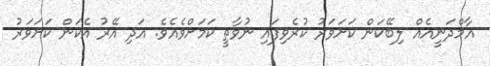
އާމްދަނީއެއް ލިބޭކަން ކަށަވަރު ކުރެވިފައި ނުވާތީ ކަމަށްވެއެވެ. އަދި އޭރު އެކަން ކަށަވަރު